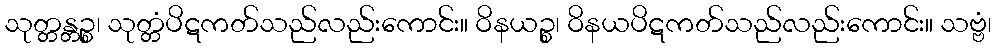
သုတ္တန္တဉ္စ၊ သုတ္တံပိဋကတ်သည်လည်းကောင်း။ ဝိနယဉ္စ၊ ဝိနယပိဋကတ်သည်လည်းကောင်း။ သဗ္ဗံ၊